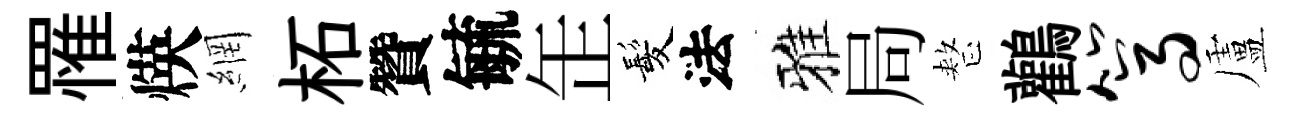
罹煐網柘贊毓𦈢髪法雅局整鸛篙盧